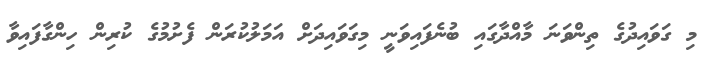
މި ގަވައިދުގެ ތިންވަނަ މާއްދާގައި ބުނެފައިވަނީ މިގަވައިދަށް އަމަލުކުރަން ފެށުމުގެ ކުރިން ހިންގާފައިވާ